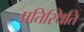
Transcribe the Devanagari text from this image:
प्रतिस्थिति